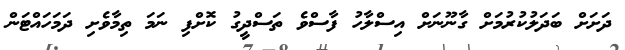
ދަށަށް ބަދަލުކުރުމަށް ގާނޫނަށް އިސްލާހު ފާސްވެ ތަސްދީގު ކޮށްފި ނަމަ ތިމާވެށި ދަމަހައްޓަން